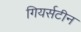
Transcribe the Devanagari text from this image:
गियर्सटीन